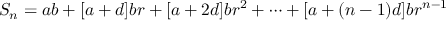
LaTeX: S _ { n } = a b + [ a + d ] b r + [ a + 2 d ] b r ^ { 2 } + \cdots + [ a + ( n - 1 ) d ] b r ^ { n - 1 }